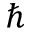
\hbar